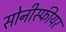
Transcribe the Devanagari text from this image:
सोनीस्फीयर